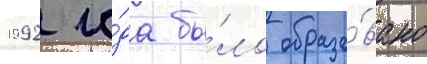
1992 го́да бы́ло образо́вано